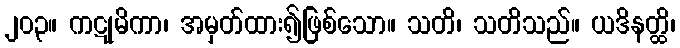
၂၀၃။ ကဋုမိကာ၊ အမှတ်ထား၍ဖြစ်သော။ သတိ၊ သတိသည်။ ယဒိနတ္ထိ၊